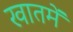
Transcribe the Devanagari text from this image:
खातमें